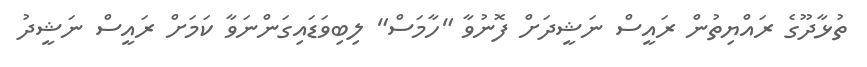
ތުޅާދޫގެ ރައްޔިތުން ރައީސް ނަޝީދަށް ފޮނުވާ "ހާމަސް" ލިބިވަޑައިގަންނަވާ ކަމަށް ރައީސް ނަޝީދު